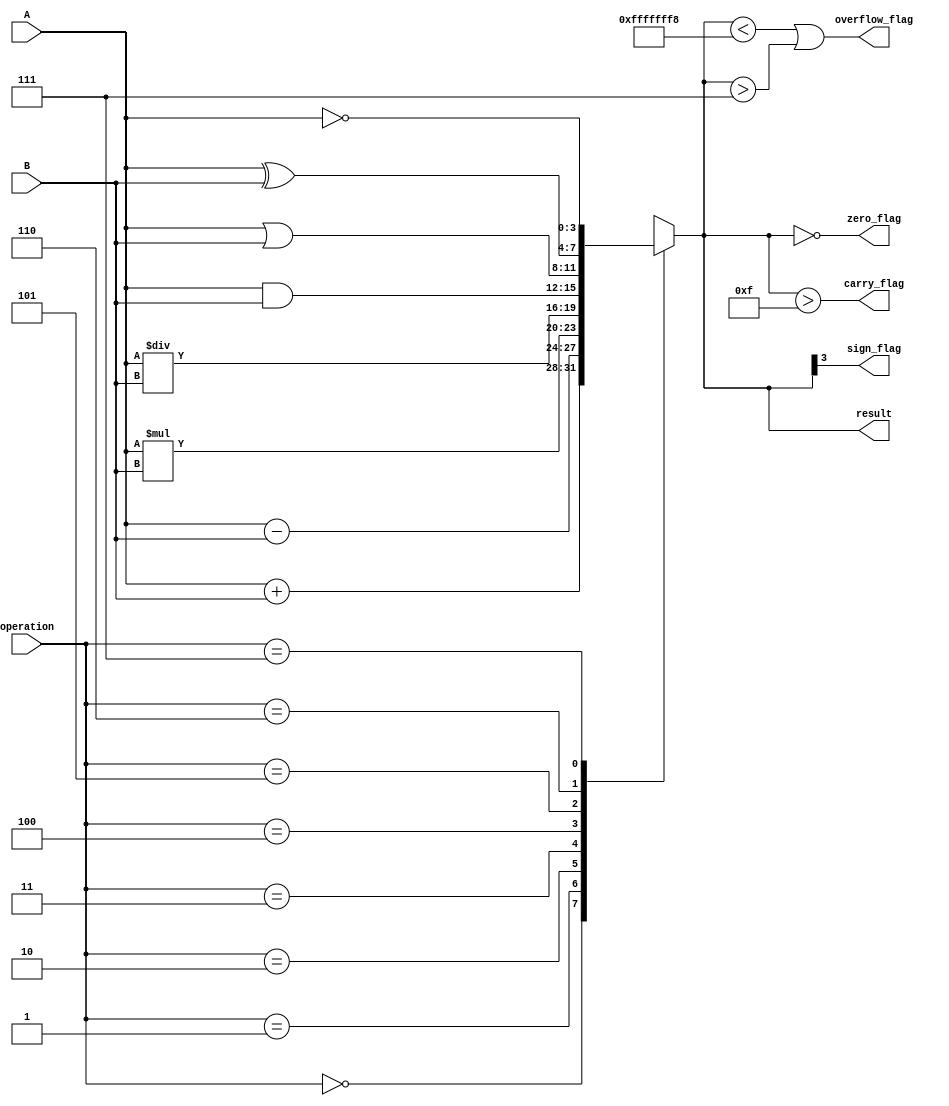
module ALU(
    input [3:0] A,
    input [3:0] B,
    input [2:0] operation,
    output reg [3:0] result,
    output reg carry_flag,
    output reg overflow_flag,
    output reg zero_flag,
    output reg sign_flag
);

always @(*)
begin
    case(operation)
        3'b000: result = A + B; // addition
        3'b001: result = A - B; // subtraction
        3'b010: result = A * B; // multiplication
        3'b011: result = A / B; // division
        3'b100: result = A & B; // bitwise AND
        3'b101: result = A | B; // bitwise OR
        3'b110: result = A ^ B; // bitwise XOR
        3'b111: result = ~A; // bitwise NOT
    endcase
    
    // Set flags
    carry_flag = (result > 15);
    overflow_flag = (result < -8) || (result > 7);
    zero_flag = (result == 0);
    sign_flag = (result[3]);
    
end

endmodule